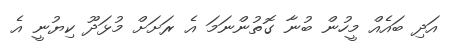
އަދި ބައެއް މީހުން ބުނާ ގޮތުންނަމަ އެ ރަށަށް މުޅަދޫ ކިޔުނީ އެ